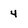
Character: 4